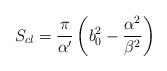
LaTeX: \begin{align*}S_{cl} = \frac{\pi}{\alpha^{\prime}} \left ( b_{0}^{2} -\frac{\alpha^{2}}{\beta^{2}} \right )\end{align*}